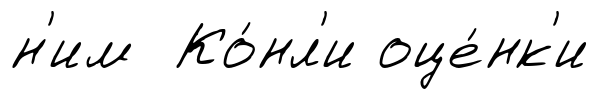
н'им Ко́нл'и оце́нк'и